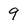
Character: 9